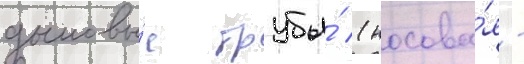
дымовы́е трубы́ (носова́я -